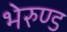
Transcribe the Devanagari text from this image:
भेरुण्ड